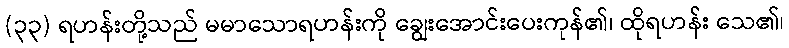
(၃၃) ရဟန်းတို့သည် မမာသောရဟန်းကို ချွေးအောင်းပေးကုန်၏၊ ထိုရဟန်း သေ၏၊